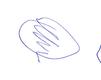
Signature authenticity: forged